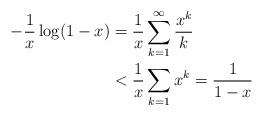
LaTeX: \begin{align*} -\frac{1}{x}\log(1-x) &= \frac{1}{x}\sum_{k=1}^\infty \frac{x^k}{k}\\ &< \frac{1}{x}\sum_{k=1} x^k = \frac{1}{1-x} \end{align*}